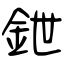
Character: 鉪